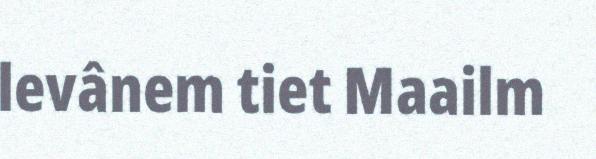
levânem tiet Maailm